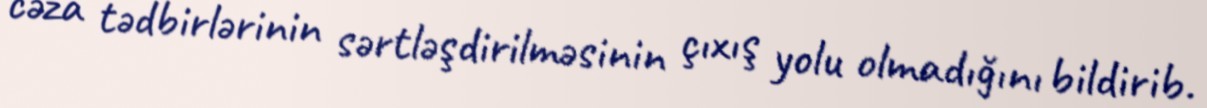
cəza tədbirlərinin sərtləşdirilməsinin çıxış yolu olmadığını bildirib.